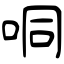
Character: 哃